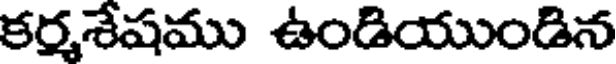
కర్మశేషము ఉండియుండిన